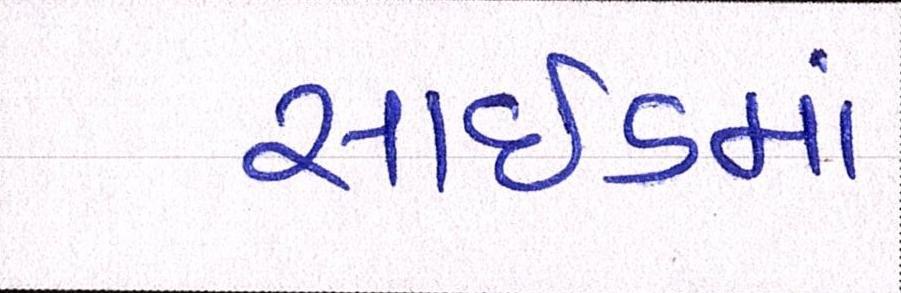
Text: સાઇડમાં